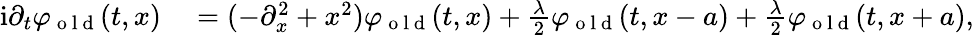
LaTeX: \begin{array}{rl}{\mathrm{i}\partial_{t}\varphi_{\mathrm{~o~l~d~}}(t,x)}&{{}=(-\partial_{x}^{2}+x^{2})\varphi_{\mathrm{~o~l~d~}}(t,x)+\frac{\lambda}{2}\varphi_{\mathrm{~o~l~d~}}(t,x-a)+\frac{\lambda}{2}\varphi_{\mathrm{~o~l~d~}}(t,x+a),}\end{array}